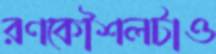
রণকৌশলটাও